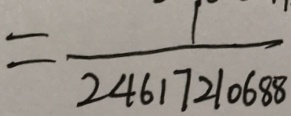
= \frac { 1 } { 2 4 6 1 7 2 1 0 6 8 8 }